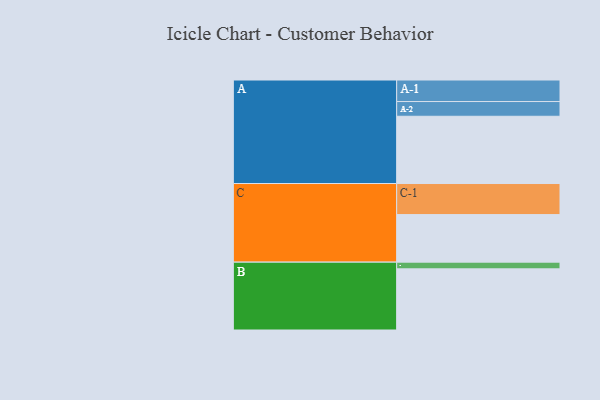
{"axis": {"x": "Segment", "y": "Value"}, "legend": ["", "A", "B", "C"], "data": [{"x": "A", "y": 543, "type": ""}, {"x": "B", "y": 494, "type": ""}, {"x": "C", "y": 384, "type": ""}, {"x": "A-1", "y": 174, "type": "A"}, {"x": "A-2", "y": 119, "type": "A"}, {"x": "B-1", "y": 54, "type": "B"}, {"x": "C-1", "y": 251, "type": "C"}]}